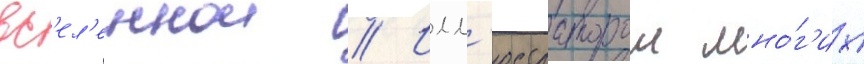
вс'ел'еннои // Илл'юстратором мно́г'их